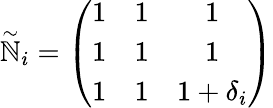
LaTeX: \stackrel{\sim}{\mathbb{N}}_{i}=\left(\begin{array}{ccc}{{1}}&{{1}}&{{1}}\\ {{1}}&{{1}}&{{1}}\\ {{1}}&{{1}}&{{1+\delta_{i}}}\end{array}\right)